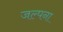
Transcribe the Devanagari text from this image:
जल्पना